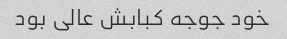
خود جوجه کبابش عالی بود